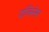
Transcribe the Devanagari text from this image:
एलिसेस